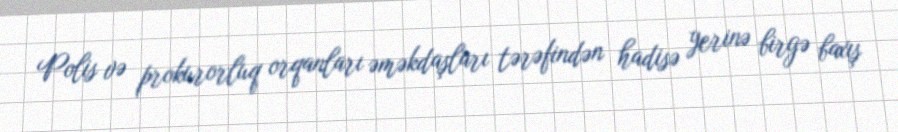
Polis və prokurorluq orqanları əməkdaşları tərəfindən hadisə yerinə birgə baxış